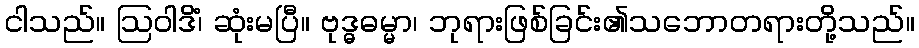
ငါသည်။ ဩဝါဒိံ၊ ဆုံးမပြီ။ ဗုဒ္ဓဓမ္မာ၊ ဘုရားဖြစ်ခြင်း၏သဘောတရားတို့သည်။